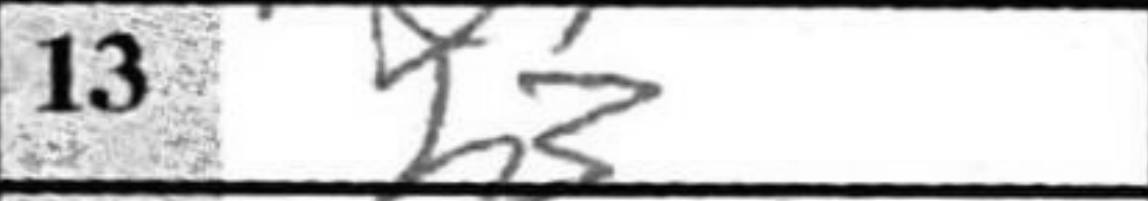
Transcription: b3